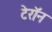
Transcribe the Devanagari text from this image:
टेरॉन